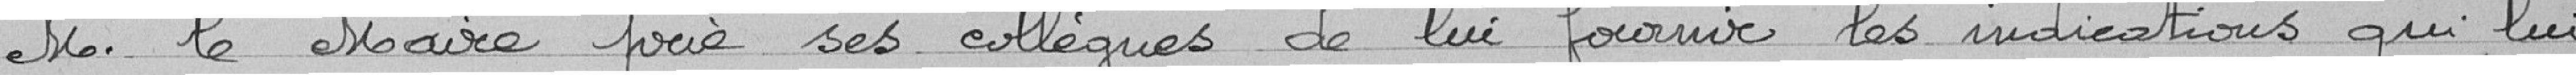
M. le Maire prie ses collègues de lui fournir les indications qui lui